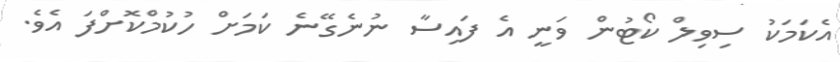
އެކަމަކު ސިވިލް ކޯޓުން ވަނީ އެ ފައިސާ ނުނެގޭނެ ކަމަށް ހުކުމްކޮށްފަ އެވެ.